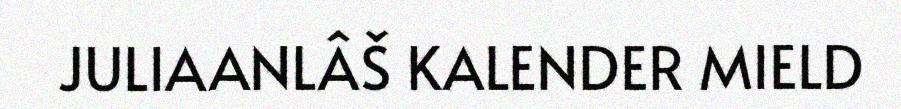
JULIAANLÂŠ KALENDER MIELD